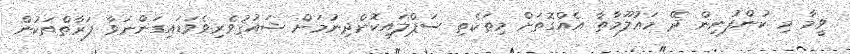
ވީމާ މި ކުންފުނިން ދޭ މަޢުލޫމާތާ އެއްގޮތަށް މިތަކެތި ސަޕްލައިކޮށްދިނުމަށް ޝައުޤުވެރިވެވަޑައިގަންނަވާ ފަރާތްތަކުން